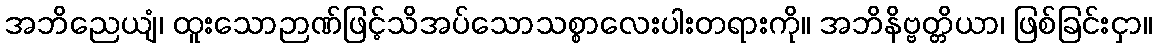
အဘိညေယျံ၊ ထူးသောဉာဏ်ဖြင့်သိအပ်သောသစ္စာလေးပါးတရားကို။ အဘိနိဗ္ဗတ္တိယာ၊ ဖြစ်ခြင်းငှာ။